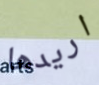
اريدها